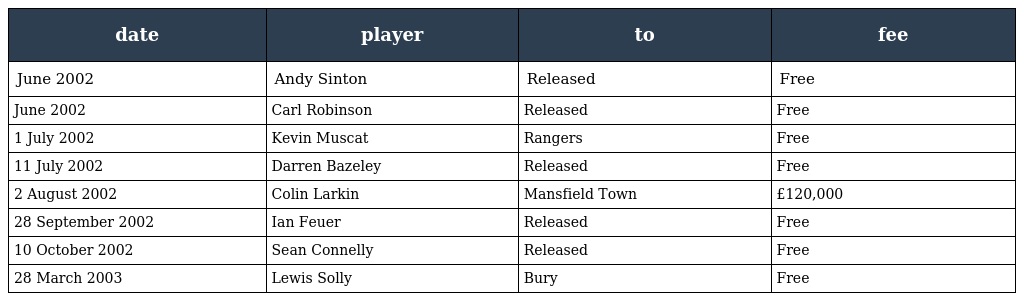
| date | player | to | fee |
 | --- | --- | --- | --- |
 | June 2002 | Andy Sinton | Released | Free |
 | June 2002 | Carl Robinson | Released | Free |
 | 1 July 2002 | Kevin Muscat | Rangers | Free |
 | 11 July 2002 | Darren Bazeley | Released | Free |
 | 2 August 2002 | Colin Larkin | Mansfield Town | £120,000 |
 | 28 September 2002 | Ian Feuer | Released | Free |
 | 10 October 2002 | Sean Connelly | Released | Free |
 | 28 March 2003 | Lewis Solly | Bury | Free |